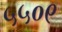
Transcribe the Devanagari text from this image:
५५०९